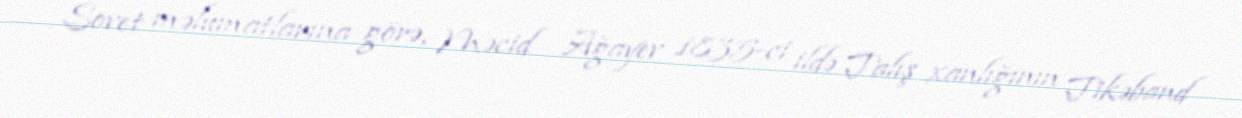
Sovet məlumatlarına görə, Məcid Ağayev 1835-ci ildə Talış xanlığının Tikəband